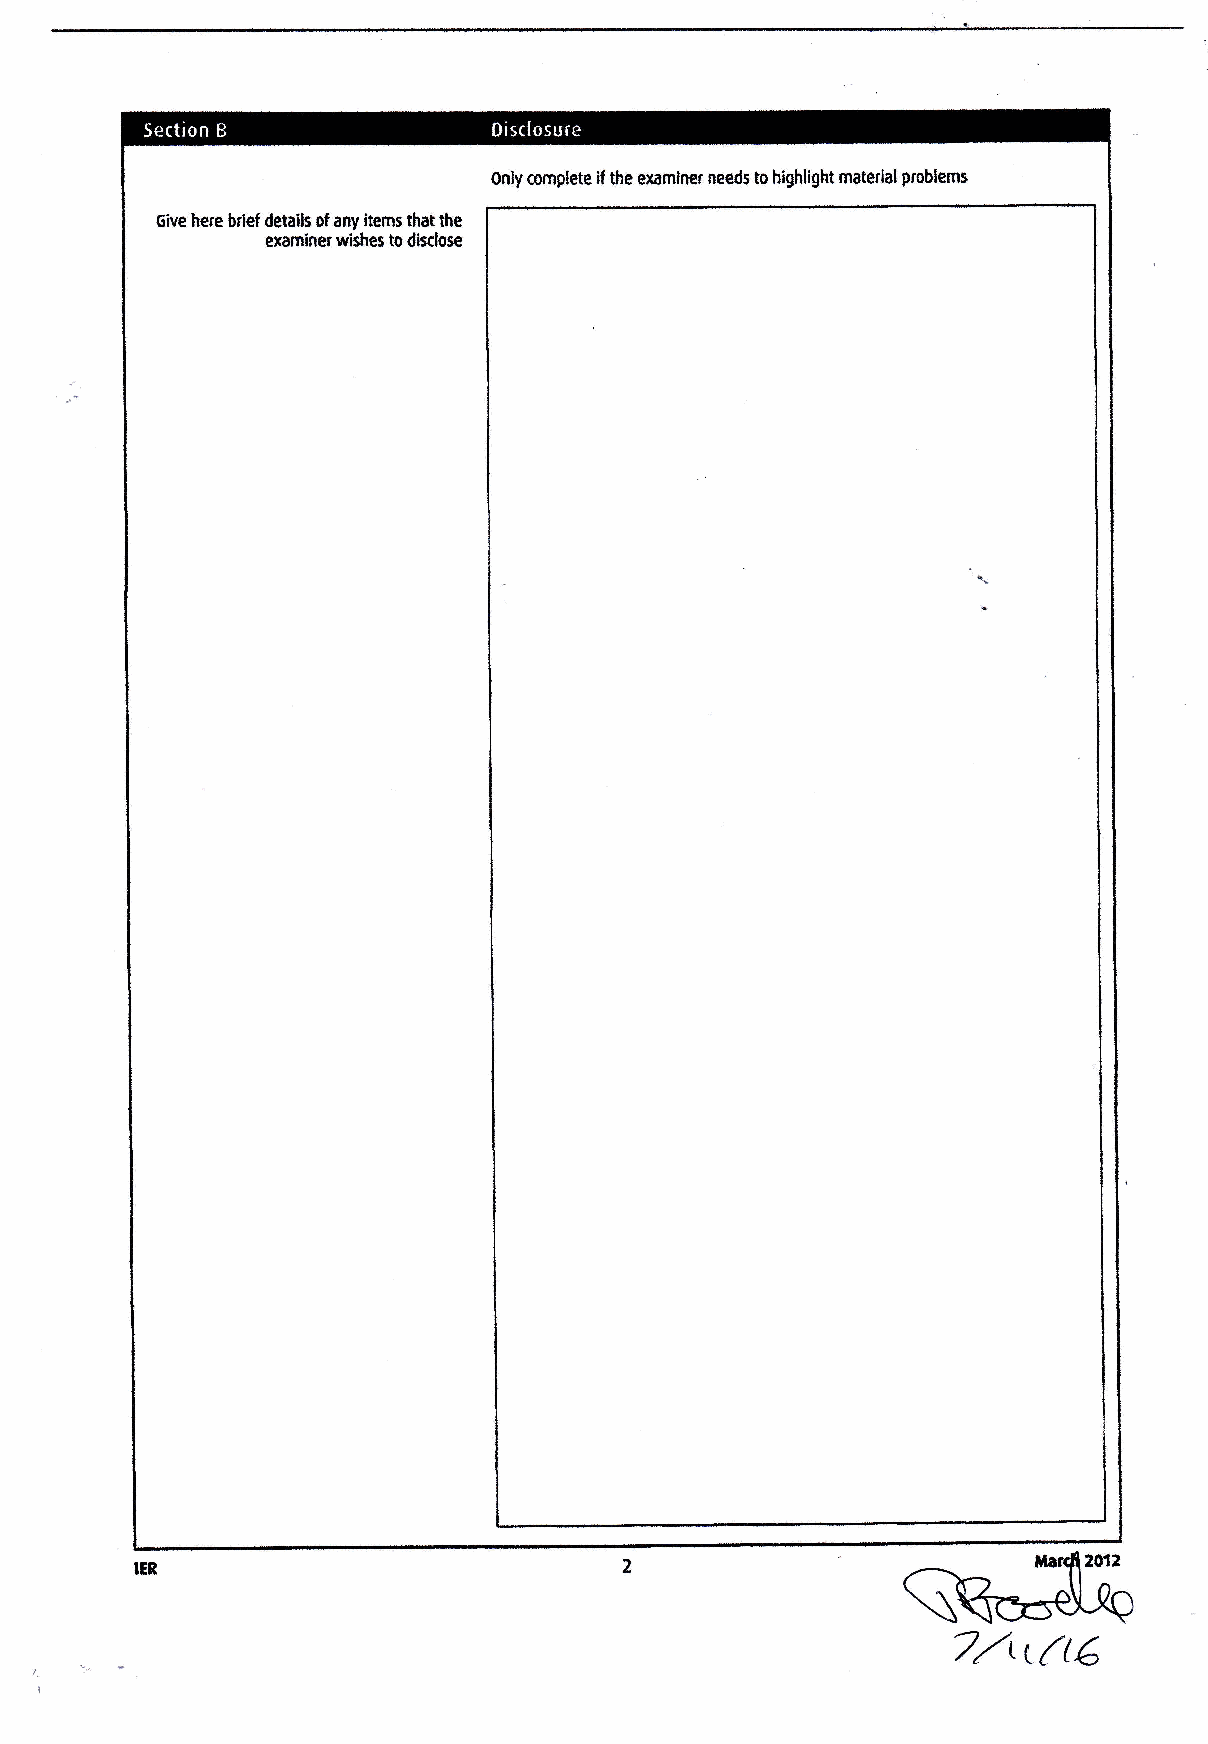
0nly ornplete if the examiner needs to highlight materialproblerns
 6tue here brief details of any items that the
 examiner wishes to dlsdose
 IER
 7^L(G